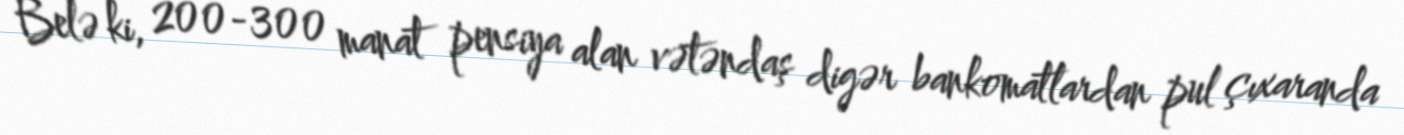
Belə ki, 200-300 manat pensiya alan vətəndaş digər bankomatlardan pul çıxaranda